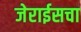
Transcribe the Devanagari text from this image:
जेराईसचा